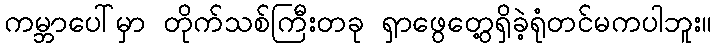
ကမ္ဘာပေါ်မှာ တိုက်သစ်ကြီးတခု ရှာဖွေတွေ့ရှိခဲ့ရုံတင်မကပါဘူး။